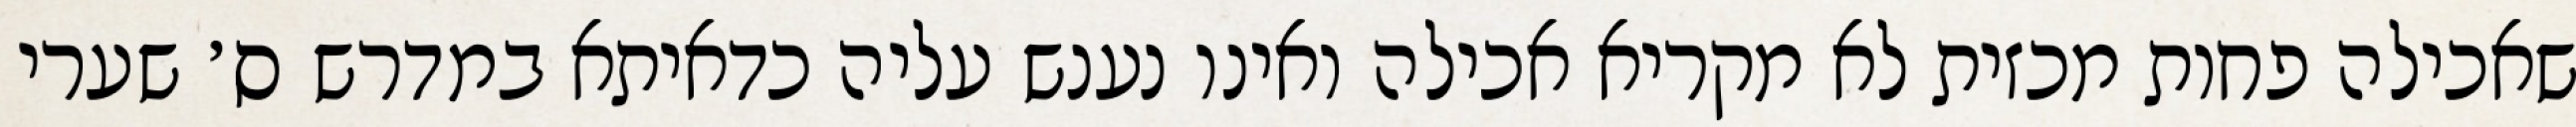
שאכילה פחות מכזית לא מקריא אכילה ואינו נענש עליה כדאיתא במדרש ס׳ שערי